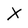
Character: X